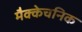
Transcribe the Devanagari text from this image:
मैक्केचनिक